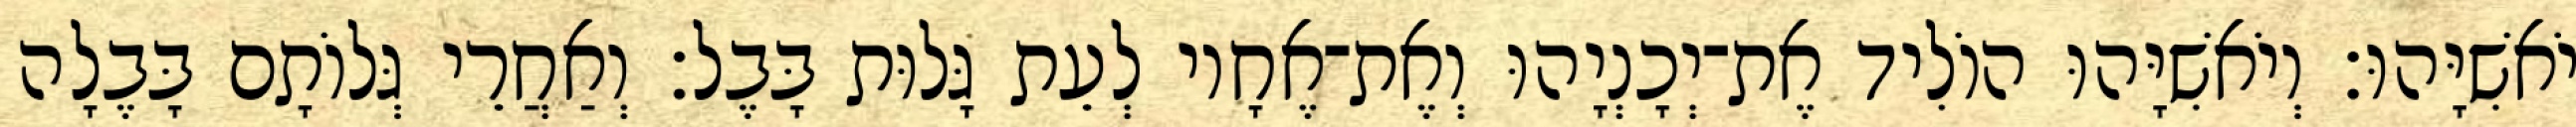
יֹאשִׁיָּהוּ׃ וְיֹאשִׁיָּהוּ הוֹלִיד אֶת־יְכָנְיָהוּ וְאֶת־אֶחָיו לְעֵת גָּלוּת בָּבֶל׃ וְאַחֲרֵי גְּלוֹתָם בָּבֶלָה